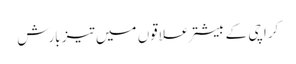
کراچی کے بیشتر علاقوں میں تیز بارش